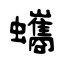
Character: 蠵